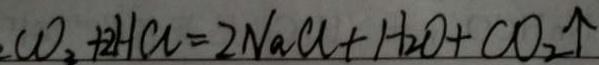
C O _ { 2 } + 2 H C l = 2 N a C l + H _ { 2 } O + C O _ { 2 } \uparrow